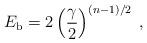
LaTeX: \begin{align*}E_{\rm b} = 2\left({ \gamma \over 2}\right)\sp {(n-1)/2}\;,\end{align*}